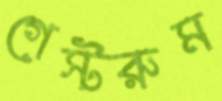
গেস্টরুম